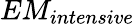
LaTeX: EM_{intensive}